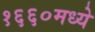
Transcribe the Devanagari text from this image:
१६६०मध्ये